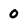
Character: 0